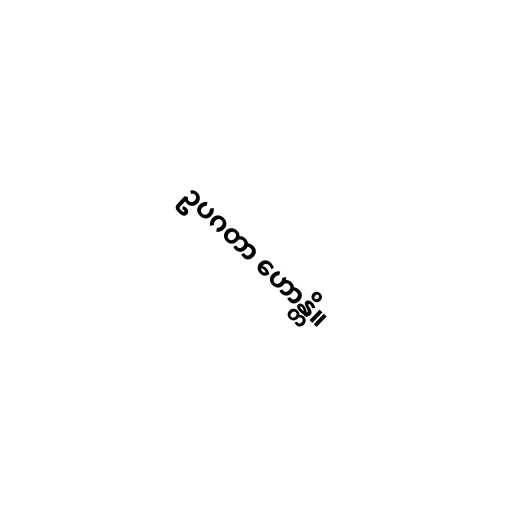
ဥပဂတာ ဟောန္တိ။